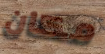
مكان